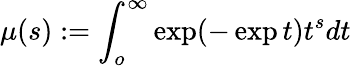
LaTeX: \mu(s):=\int_{o}^{\infty}\exp(-\exp t)t^{s}dt